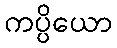
ကပ္ပိယော